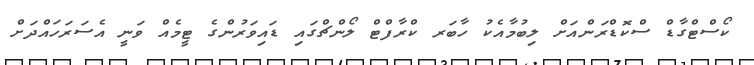
ކޯސްޓްގާޑް ސްކޮޑްރަންއަށް ލިބުމާއެކު ހާބަރ ކްރާފްޓް ލޯންޗްގައި ޑައިވަރުންގެ ޓީމެއް ވަނީ އެސަރަހައްދަށް